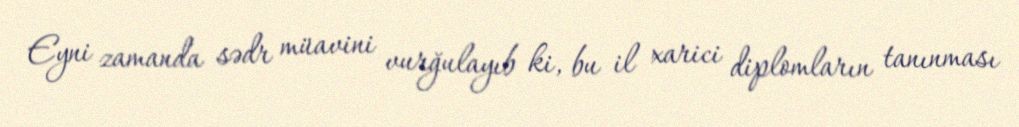
Eyni zamanda sədr müavini vurğulayıb ki, bu il xarici diplomların tanınması